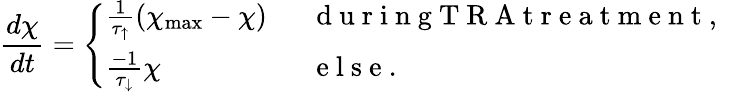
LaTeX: \frac{d\chi}{dt}=\left\{ \begin{array}{ll}{\frac{1}{\tau_{\uparrow}}(\chi_{\operatorname*{max}}-\chi)\ }&{\ \mathrm{~d~u~r~i~n~g~T~R~A~t~r~e~a~t~m~e~n~t~,~}}\\ {\frac{-1}{\tau_{\downarrow}}\chi\ }&{\ \mathrm{~e~l~s~e~.~}}\end{array}\right.